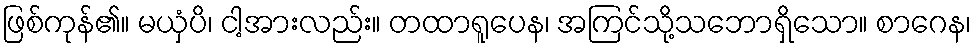
ဖြစ်ကုန်၏။ မယှံပိ၊ ငါ့အားလည်း။ တထာရူပေန၊ အကြင်သို့သဘောရှိသော။ စာဂေန၊